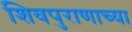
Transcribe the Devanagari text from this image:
शिवपुराणाच्या